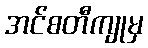
အင်စတီကျုမှ